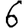
Digit: 6